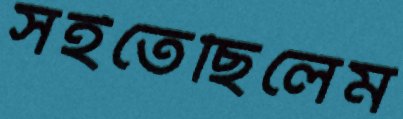
সইতেছিলেম